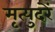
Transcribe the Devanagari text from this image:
मृत्युदरें